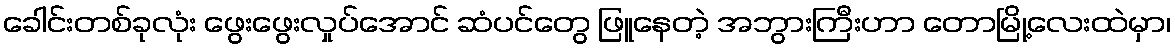
ခေါင်းတစ်ခုလုံး ဖွေးဖွေးလှုပ်အောင် ဆံပင်တွေ ဖြူနေတဲ့ အဘွားကြီးဟာ တောမြို့လေးထဲမှာ၊